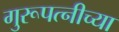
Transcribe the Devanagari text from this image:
गुरूपत्नीच्या